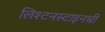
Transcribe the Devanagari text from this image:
लिश्टनस्टाइनची